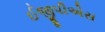
ઈજીપીએસ